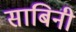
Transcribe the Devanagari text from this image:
साबिनी